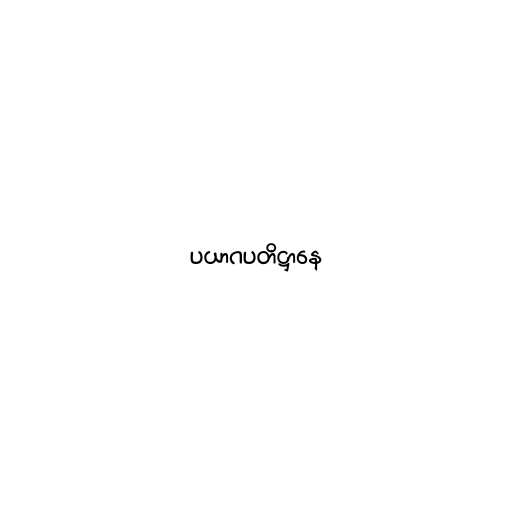
ပယာဂပတိဋ္ဌာနေ